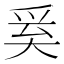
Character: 𭑑